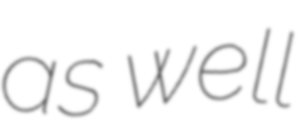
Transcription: as well